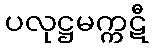
ပလုဋ္ဌမက္ကဋီ